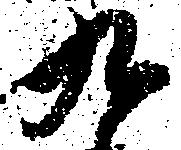
九